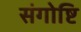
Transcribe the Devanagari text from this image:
संगोष्टि